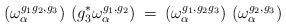
LaTeX: \begin{align*}\left( \omega^{g_1 g_2, g_3}_{\alpha} \right) \,\left( g_3^* \omega^{g_1, g_2}_{\alpha} \right) \: = \:\left( \omega^{g_1, g_2 g_3}_{\alpha} \right) \,\left( \omega^{g_2, g_3}_{\alpha} \right)\end{align*}